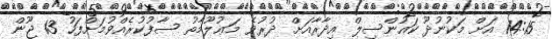
14:15 އަށް މަކުނުދޫ ކައުންސިލް އިދާރާއަށް ދުރުވެ މަޢުލޫމާތު ސާފުކުރެއްވުމަށްފަހު 13 ޖޫން